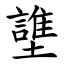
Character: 䜃